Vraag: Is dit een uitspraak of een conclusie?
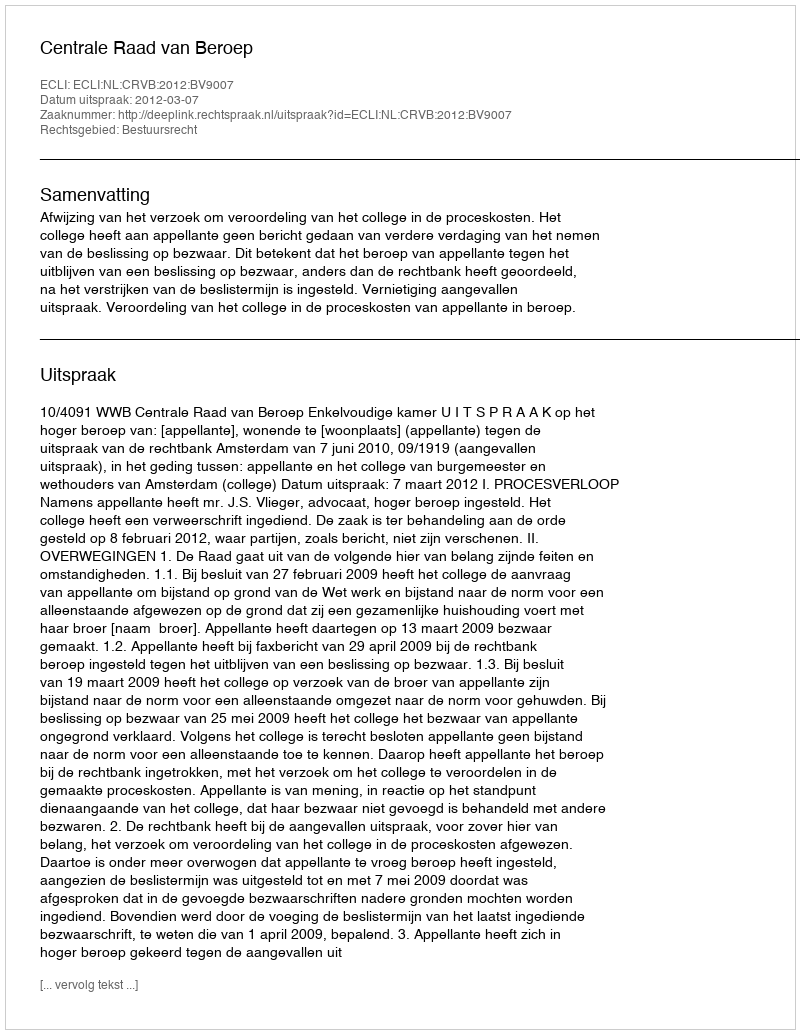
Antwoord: Uitspraak